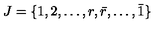
J = \{ 1 , 2 , \dots , r , \bar { r } , \dots , \bar { 1 } \}